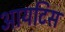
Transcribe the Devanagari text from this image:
आयटिस